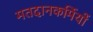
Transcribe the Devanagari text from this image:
मतदानकर्मियों